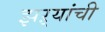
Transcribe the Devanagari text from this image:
झऱ्यांची